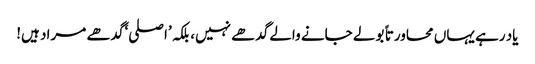
یاد رہے یہاں محاورتا ً بولے جانے والے گدھے نہیں، بلکہ ’اصلی‘ گدھے مراد ہیں!